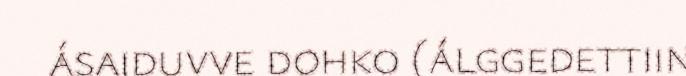
ásaiduvve dohko (álggedettiin